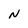
Character: N